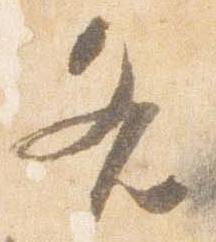
各